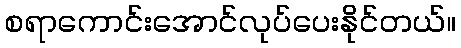
စရာကောင်းအောင်လုပ်ပေးနိုင်တယ်။